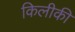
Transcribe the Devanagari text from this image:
किलीकी